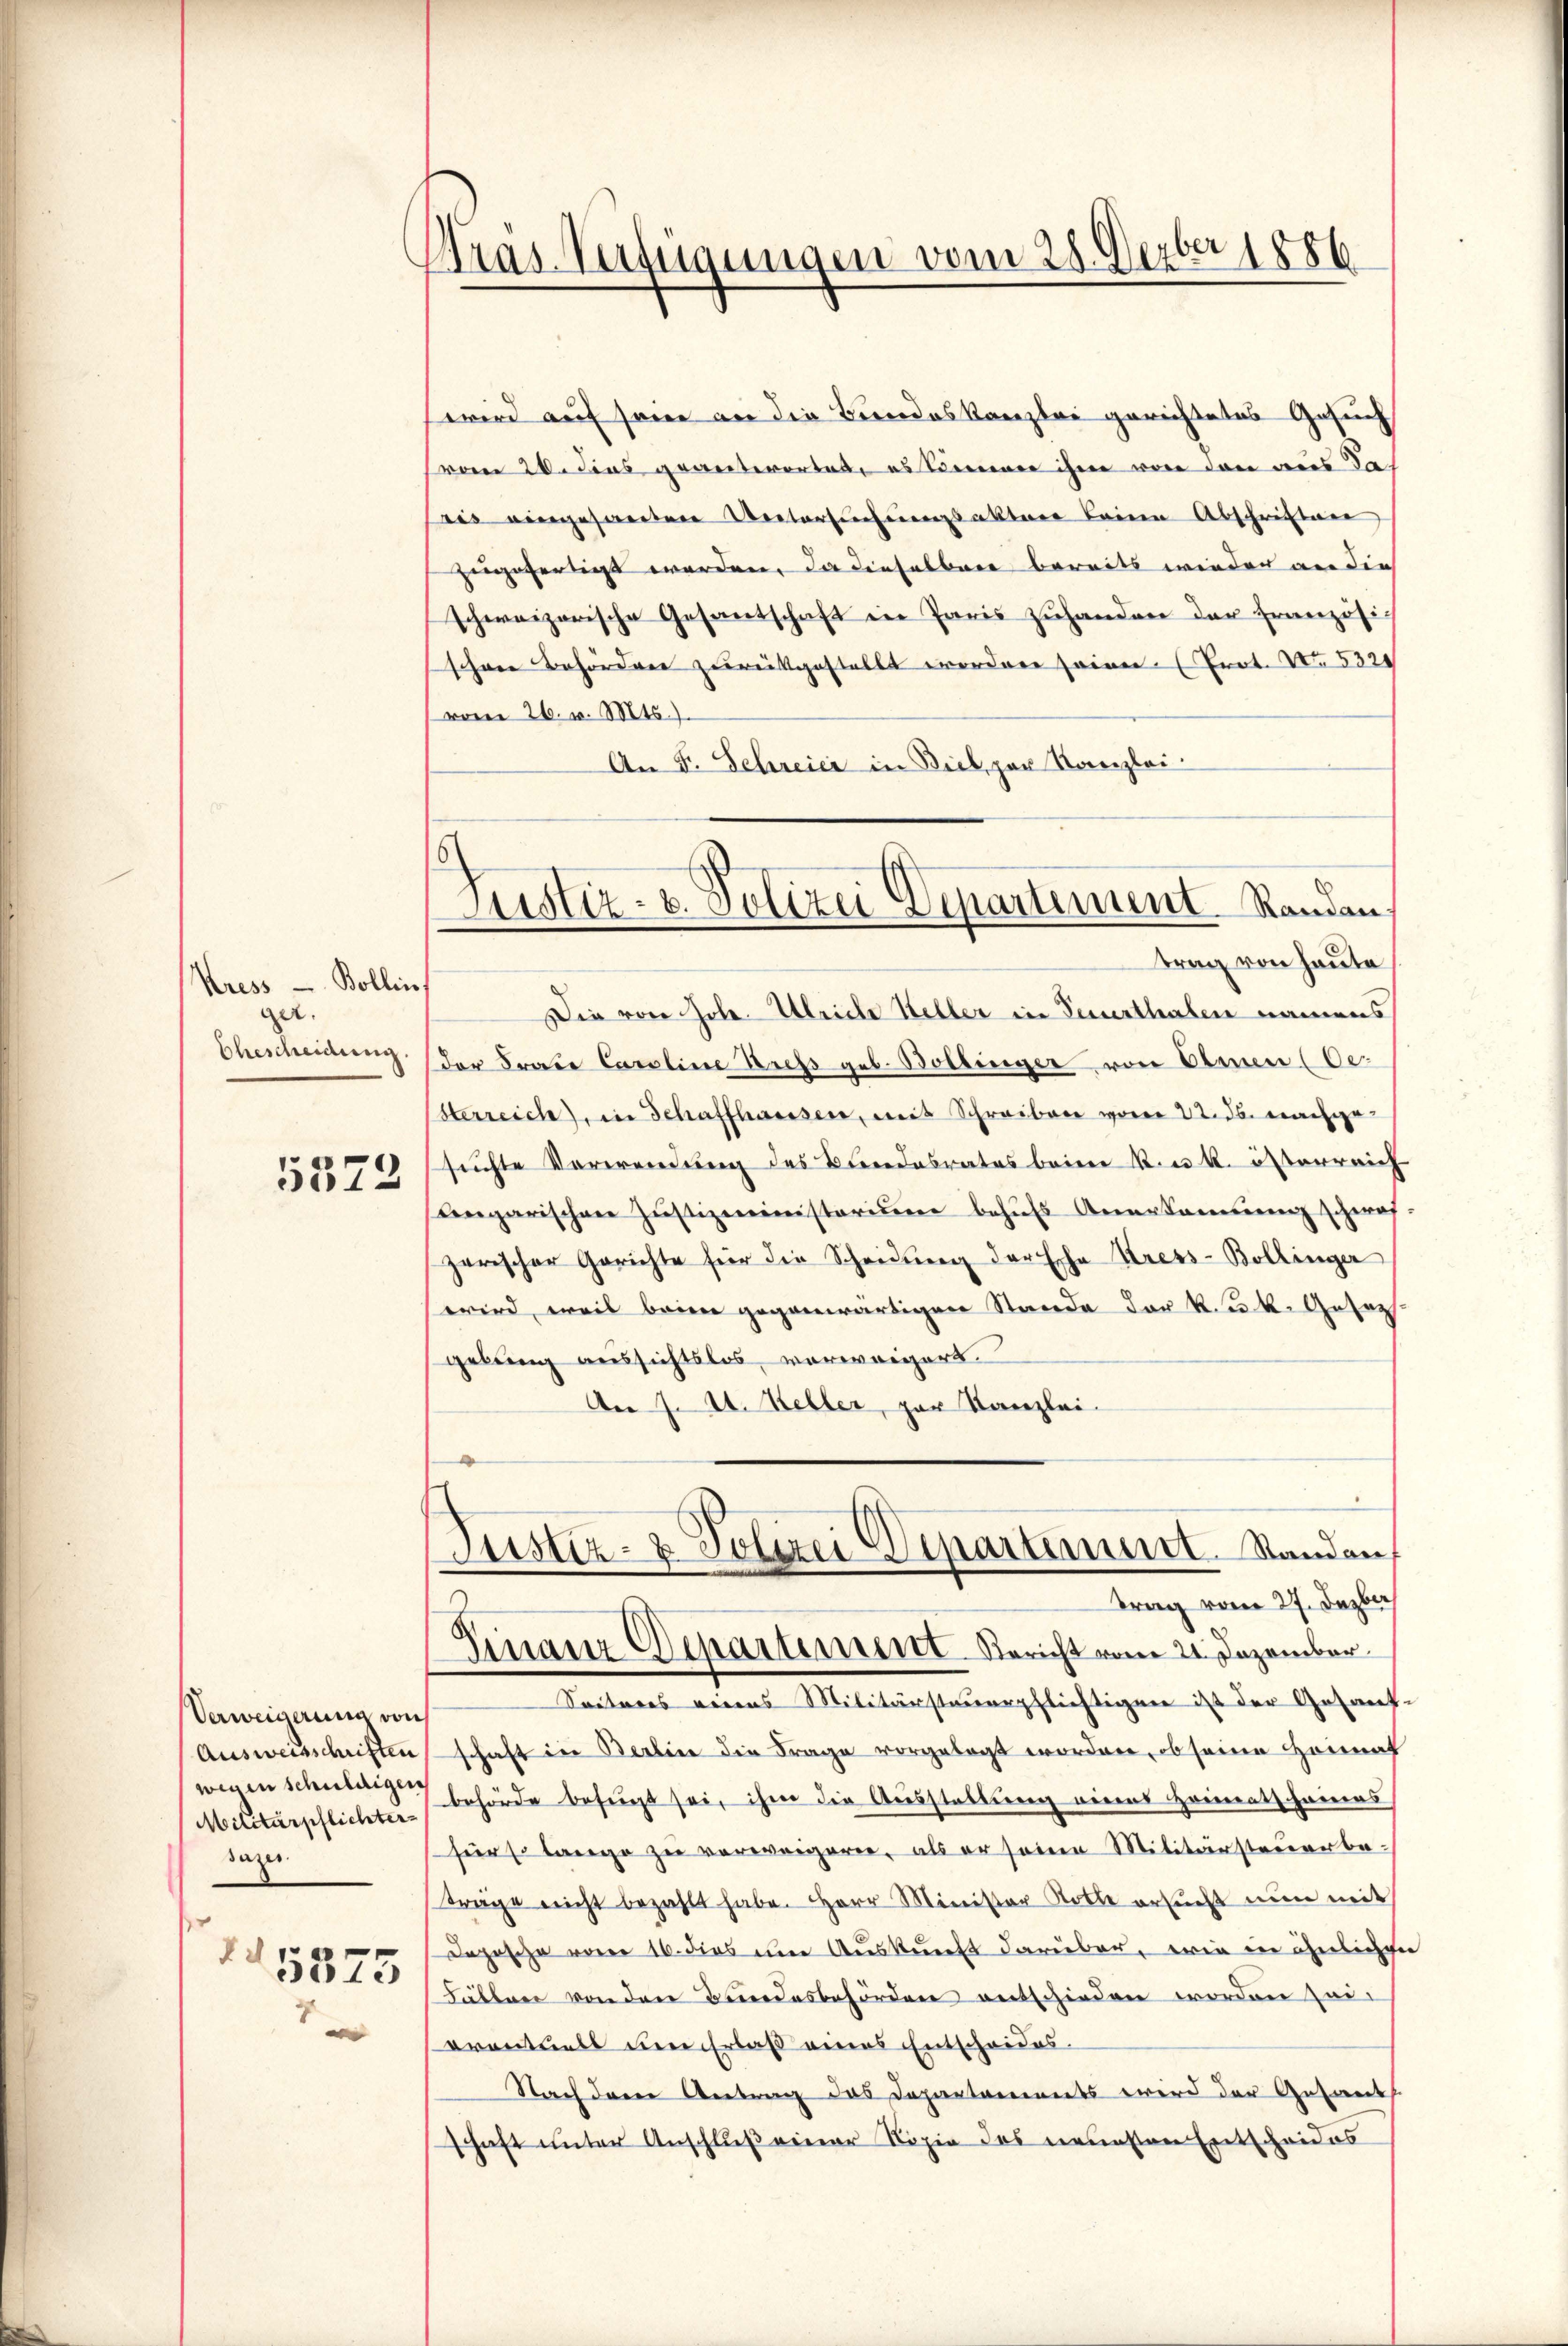
Kress — Bollin,
ger.
Ehescheidung.

5373

Verweigerung von
Ausweisschriften
Militärpflichter
dazu.
15375

e

1886
Bras Verfügungen vom 28. Der

wird auf seine an die Bundeskanzlei gerichtetes Gesuch
vom 20. Dies geanterortet, es kommer ihm von den aus Jah
ris eingesanten Untersuchungsakter keine Abschriften
zugefertigt werden, da dieselben bereits wieder an die
schweizerische Gesantschaft in Paris zuhanden der Französischen Behörderer zurückgestellt worden seinen. Prot. No. 532
vom 26. v. Mts.).
An F. Schreier in Biel, par Kanzlei
Die von Joh. Ulriche Heller in Verurthaben namens
der Frate Caroline Press geb. Bollinger von Olmen (Oe
sterreich, in Schaffhausen, mit Schreiben vom 22. ds. nachgesuchte Verwendung des Bundesrates beim K. u. k. österreich
ungarischen Jŭstizministerium behŭfs Anerkennung schwat:
zerischer Gerichte für die Scheidŭng der Echa Kress-Bollinger
wird, weil beim gegenwärtigen Stande der k.k. Gesezgebung aussichtslos, verweigert.
Aer 7. A. Keller, par Kanzlei.
Justiz- & Polizei Departiment. Stand auf
trag vom 27. Dezbr.
Finanz-Departement Bericht vom 21. Dezember
Seiteres reines Militärsteuerpflichtigen ist der Gesand-
schaft der Berlier die Frage vorgelegt worden, ob seine Heimat
in Schnelligen behörde befugt sei, ihm die Ausstellung eines Heimatscheines
hür so lange zu verweigern, als er seine Militärsteuerbaträge nicht bezahlt habe. Herr Minister Rotte ersucht nun mit
Depesche waren 16. dies in Auskunft darüber, wie in ähnlichen
Fällen von den Bundesbehörden entschieden worden sei.
orentuels der Erlaß eines Entscheides.
Nach dem Antrag das Departaments wird der Gesandts
schaft unter Anschluß einer Kopie des neuesten Entscheides

Justiz- u. Polizei Departement Randen.
trag von heute